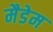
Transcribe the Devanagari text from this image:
मैडेम